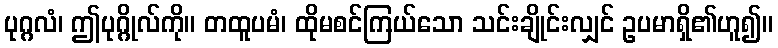
ပုဂ္ဂလံ၊ ဤပုဂ္ဂိုလ်ကို။ တထူပမံ၊ ထိုမစင်ကြယ်သော သင်းချိုင်းလျှင် ဥပမာရှိ၏ဟူ၍။